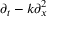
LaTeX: \partial _ { t } - k \partial _ { x } ^ { 2 }